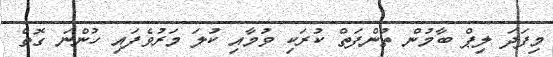
މިފަދަ ލިޕް ބާމުން ތުންފަތް ކުރަކި ވުމާއި ކުލަ މަރުވެފައި ހުންނަ ގޮތް